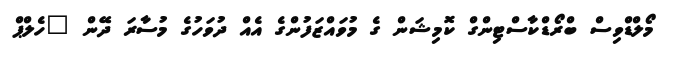
މޯލްޑްވިސް ބްރޯޑްކާސްޓިންގް ކޮމިޝަން ގެ މުވައްޒަފުންގެ އެއް ދުވަހުގެ މުސާރަ ދޭން "ހެލްޕް